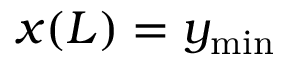
x ( L ) = y _ { \mathrm { m i n } }